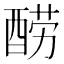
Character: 𰼋